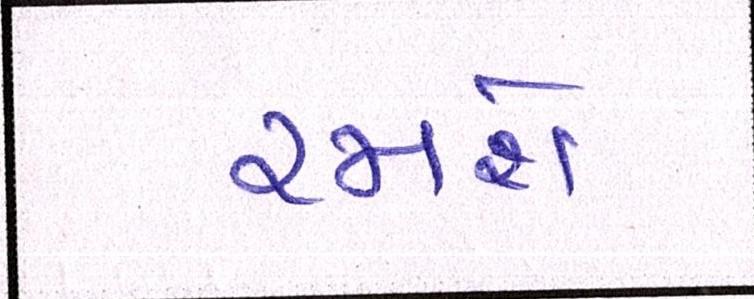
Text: રમશે